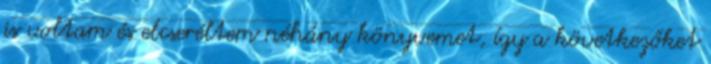
is voltam és elcseréltem néhány könyvemet, így a következőket